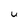
Character: u